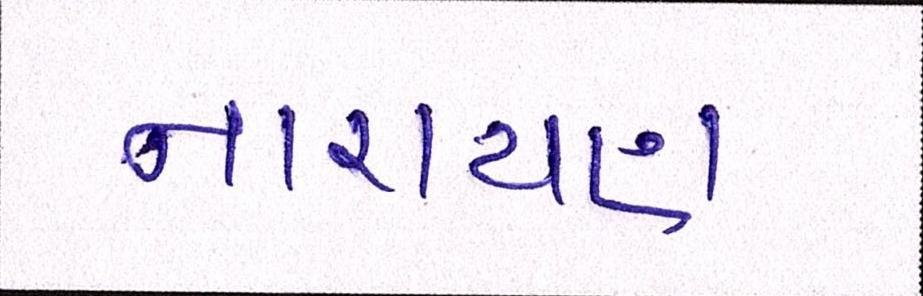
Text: નારાયણ